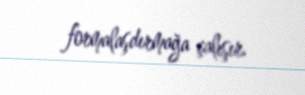
formalaşdırmağa çalışır.